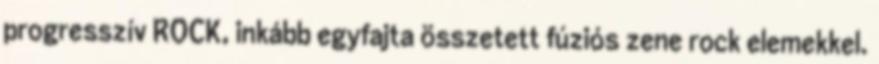
progresszív ROCK, inkább egyfajta összetett fúziós zene rock elemekkel.